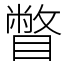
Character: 瞥